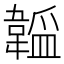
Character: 𬰮